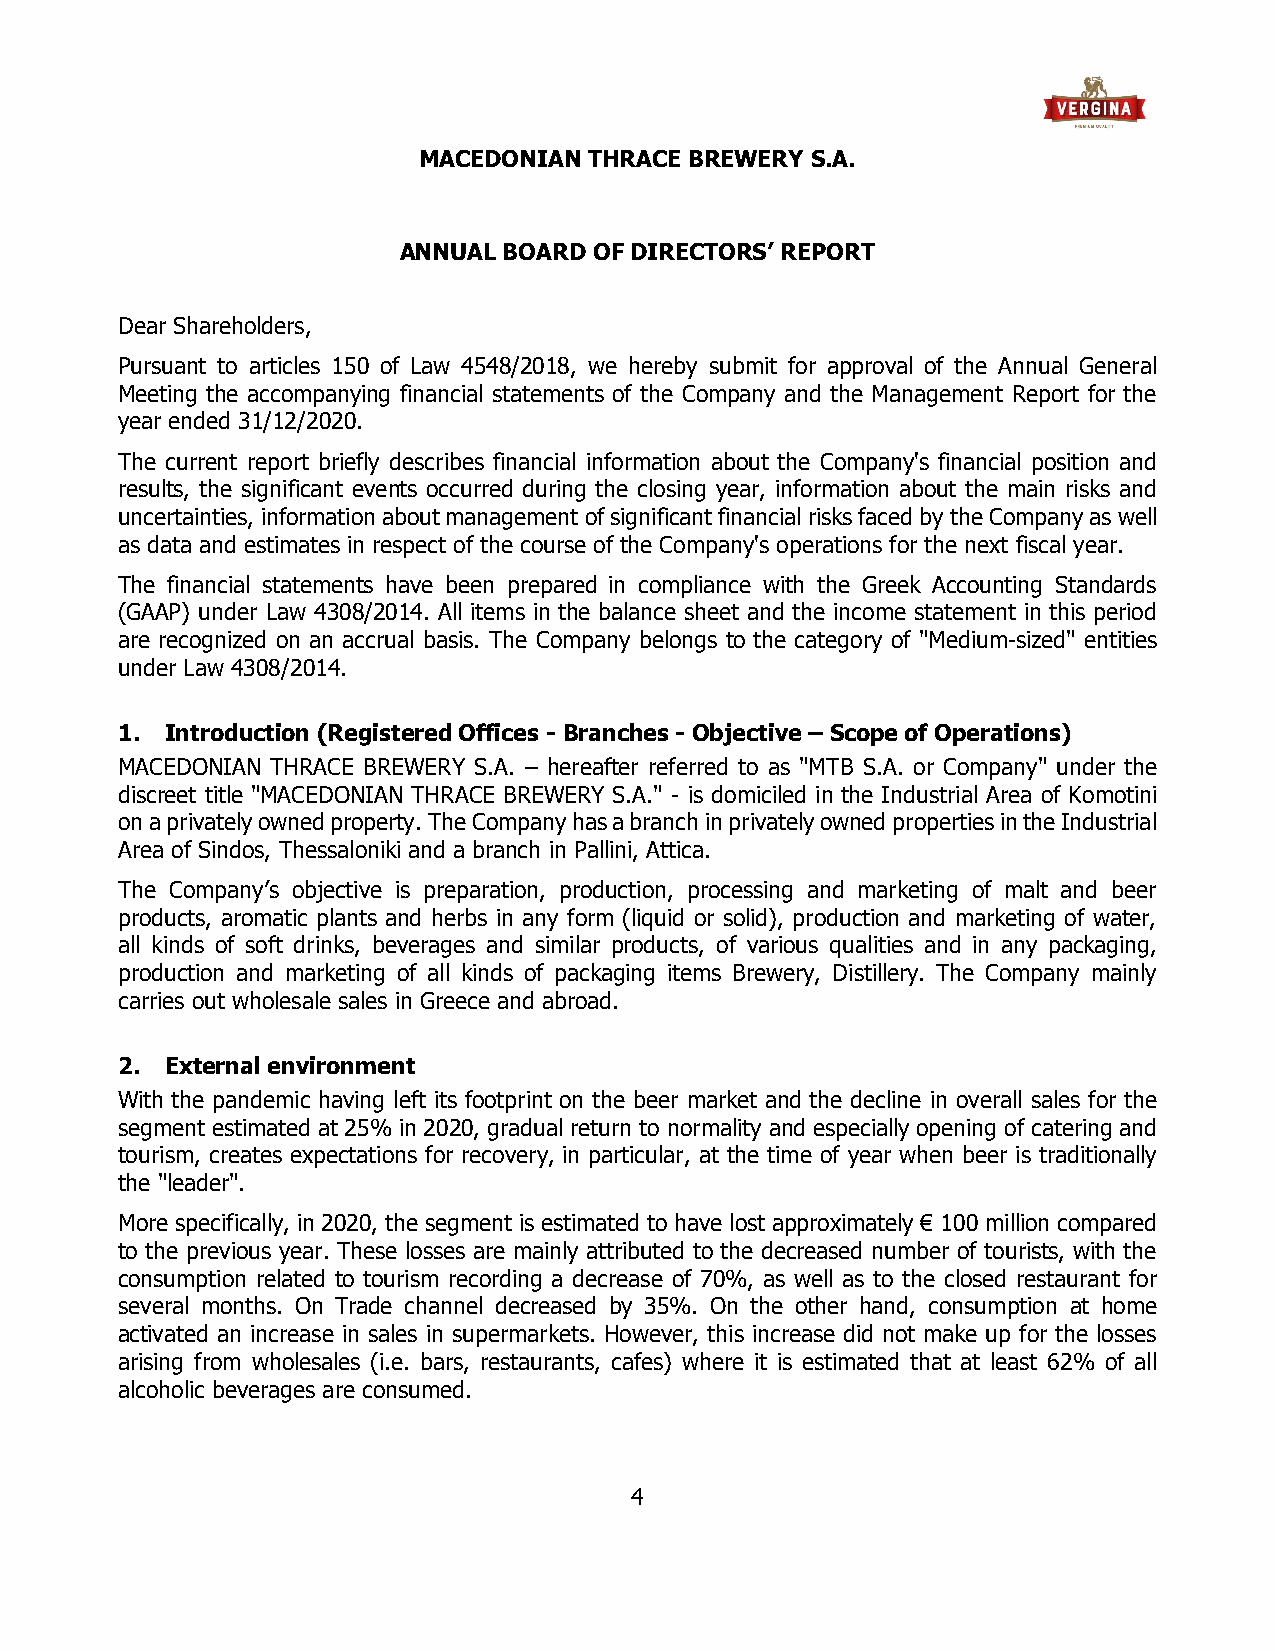
MACEDONIAN THRACE BREWERY S.A.
 ANNUAL BOARD OF DIRECTORS’ REPORT
 Dear Shareholders,
 Pursuant to articles 150 of Law 4548/2018, we hereby submit for approval of the Annual General
 Meeting the accompanying financial statements of the Company and the Management Report for the
 year ended 31/12/2020.
 The current report briefly describes financial information about the Company's financial position and
 results, the significant events occurred during the closing year, information about the main risks and
 uncertainties, information about management of significant financial risks faced by the Company as well
 as data and estimates in respect of the course of the Company's operations for the next fiscal year.
 The financial statements have been prepared in compliance with the Greek Accounting Standards
 (GAAP) under Law 4308/2014. All items in the balance sheet and the income statement in this period
 are recognized on an accrual basis. The Company belongs to the category of "Medium-sized" entities
 under Law 4308/2014.
 1. Introduction (Registered Offices - Branches - Objective – Scope of Operations)
 MACEDONIAN THRACE BREWERY S.A. – hereafter referred to as "MTB S.A. or Company" under the
 discreet title "MACEDONIAN THRACE BREWERY S.A." - is domiciled in the Industrial Area of Komotini
 on a privately owned property. The Company has a branch in privately owned properties in the Industrial
 Area of Sindos, Thessaloniki and a branch in Pallini, Attica.
 The Company’s objective is preparation, production, processing and marketing of malt and beer
 products, aromatic plants and herbs in any form (liquid or solid), production and marketing of water,
 all kinds of soft drinks, beverages and similar products, of various qualities and in any packaging,
 production and marketing of all kinds of packaging items Brewery, Distillery. The Company mainly
 carries out wholesale sales in Greece and abroad.
 2. External environment
 With the pandemic having left its footprint on the beer market and the decline in overall sales for the
 segment estimated at 25% in 2020, gradual return to normality and especially opening of catering and
 tourism, creates expectations for recovery, in particular, at the time of year when beer is traditionally
 the "leader".
 More specifically, in 2020, the segment is estimated to have lost approximately € 100 million compared
 to the previous year. These losses are mainly attributed to the decreased number of tourists, with the
 consumption related to tourism recording a decrease of 70%, as well as to the closed restaurant for
 several months. On Trade channel decreased by 35%. On the other hand, consumption at home
 activated an increase in sales in supermarkets. However, this increase did not make up for the losses
 arising from wholesales (i.e. bars, restaurants, cafes) where it is estimated that at least 62% of all
 alcoholic beverages are consumed.
 4